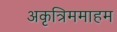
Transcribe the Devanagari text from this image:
अकृत्रिममाहम